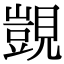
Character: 覬